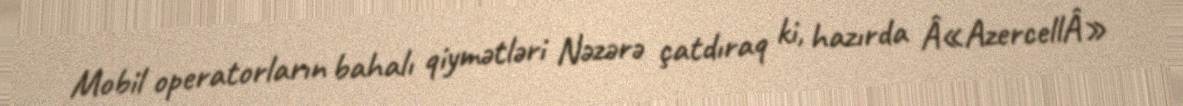
Mobil operatorların bahalı qiymətləri Nəzərə çatdıraq ki, hazırda Â«AzercellÂ»